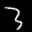
Label: 3